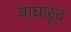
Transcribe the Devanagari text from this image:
वाघळूद